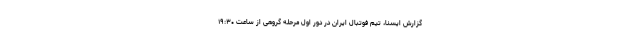
گزارش ایسنا، تیم فوتبال ایران در دور اول مرحله گروهی از ساعت ۱۹:۳۰